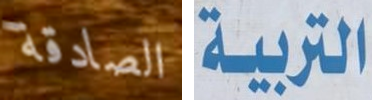
الصادقة التربية